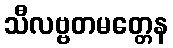
သီလဗ္ဗတမတ္တေန